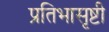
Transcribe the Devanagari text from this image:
प्रतिभासृष्टी